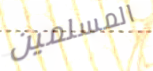
المسلمين